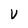
Character: V